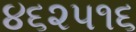
૪૬૨૫૧૬